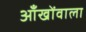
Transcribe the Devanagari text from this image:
आँखोंवाला